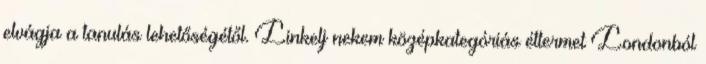
elvágja a tanulás lehetőségétől. Linkelj nekem középkategóriás éttermet Londonból